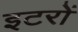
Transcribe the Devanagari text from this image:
इटरों